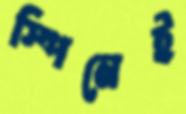
স্পিনেই